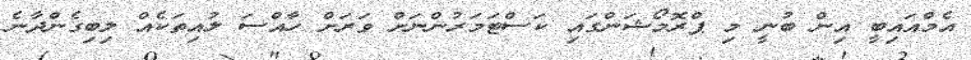
އެމްއައިބީ އިން ބުނީ މި ޕްރޮމޯޝަންގައި ކަސްޓަމަރުންނަށް ވަރަށް ހާއްސަ ލުއިތަކެއް ލިބިގެންދާނެ